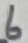
Text: 6